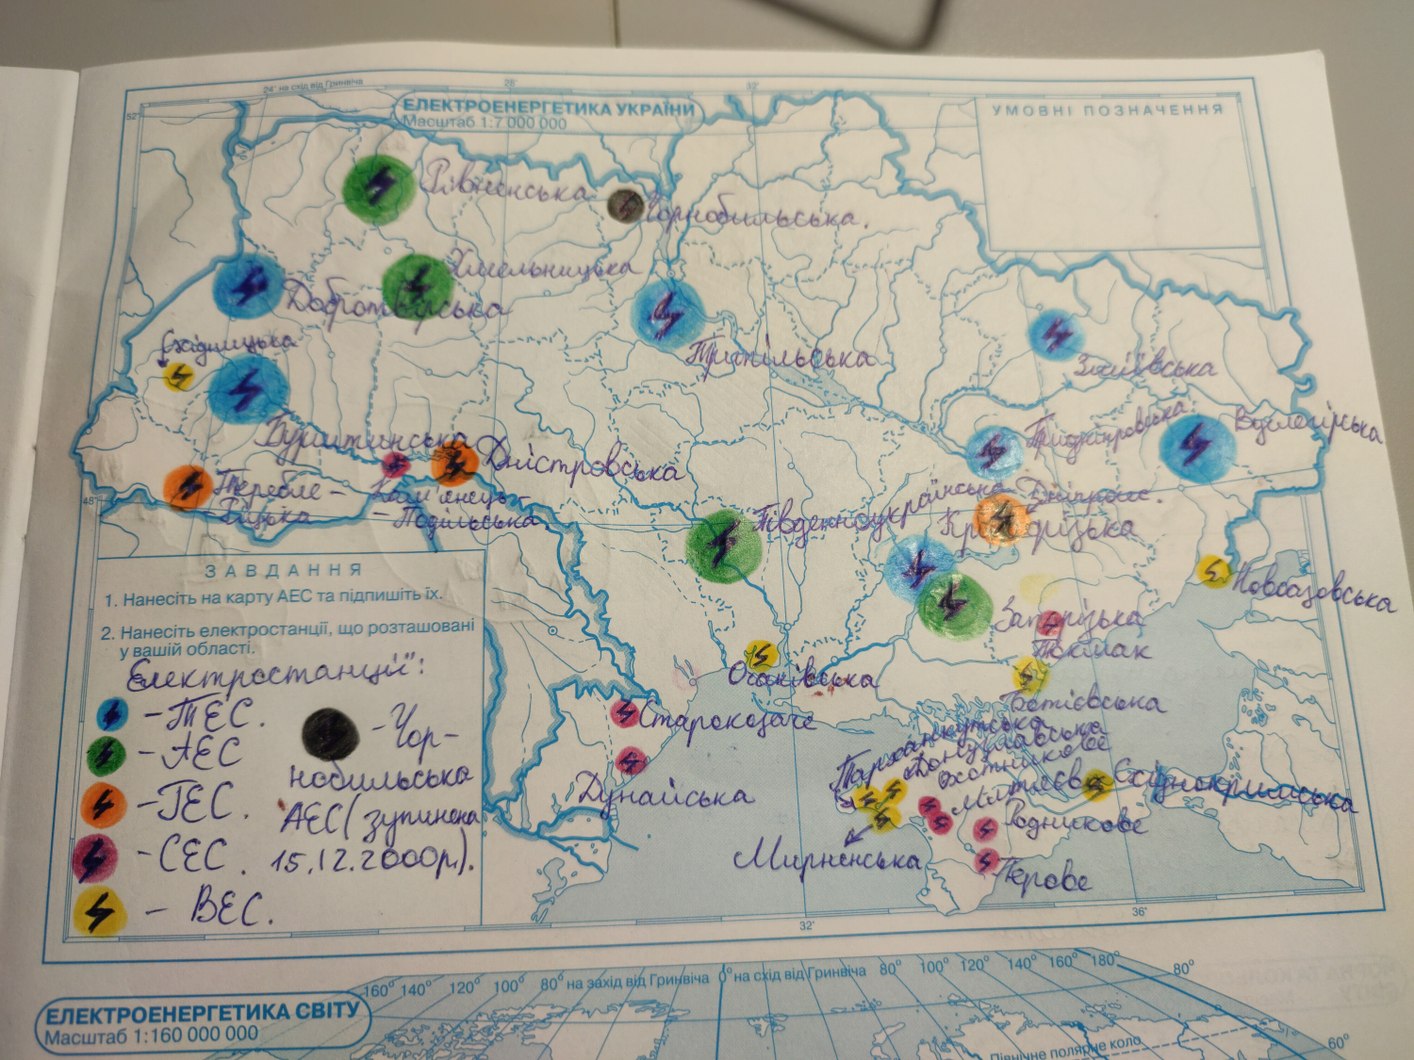
24° на схід від Гринвіча
ЕЛЕКТРОЕНЕРГЕТИКА УКРАЇНИ
УМОВНІ ПОЗНАЧЕННЯ
Масштаб 1:7 000 000
Рівненська
Чорнобильська.
Хмельницька
Добротвірська
Східницька
Трипільська
Зміївська
Придніпровська
Вуглегірська
Бурштинська
Дністровська
Теребле-
Дніпрогес.
Південоукраїнська
Кам'янець-
48°
-Ріцька
Подільська
Кріворізька
ЗАВДАННЯ
Новоазовська
1. Нанесіть на карту АЕС та підпишіть їх.
Запорізька
2. Нанесіть електростанції, що розташовані
Токмак
у вашій області.
Електростанції:
Очаківська
Ботієвська
- ТЕС.
Старокозаче
-Чор-
Тарханкутська
Донузлавська
- АEC
Охотникове
Східнокримська
Митяєв
нобильська
Дунайська
- ГEC.
АЕС (зупинена
Родникове
-CEC.
Мирненська
15.12.2000p).
Перове
-ВЕС
36°
32°
160° 140° 120° 100° 80° на захід від Гринвіча 0° на схід від Гринвіча 80° 100° 120° 140° 160° 180°
80°
ЕЛЕКТРОЕНЕРГЕТИКА СВІТУ
Масштаб 1:160 000 000
Північне полярне коло
60°